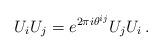
LaTeX: \begin{align*}U_{i}U_{j} = e^{2\pi i \theta^{ij}}U_{j}U_{i} \, .\end{align*}